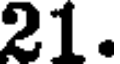
21.